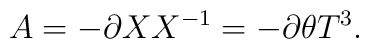
A=- \partial X X^{-1}=- \partial\theta T^3.